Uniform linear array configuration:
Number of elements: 48
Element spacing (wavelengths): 0.75
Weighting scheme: hann
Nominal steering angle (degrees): -45
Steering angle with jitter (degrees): -45.471
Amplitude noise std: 0.05
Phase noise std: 0.05

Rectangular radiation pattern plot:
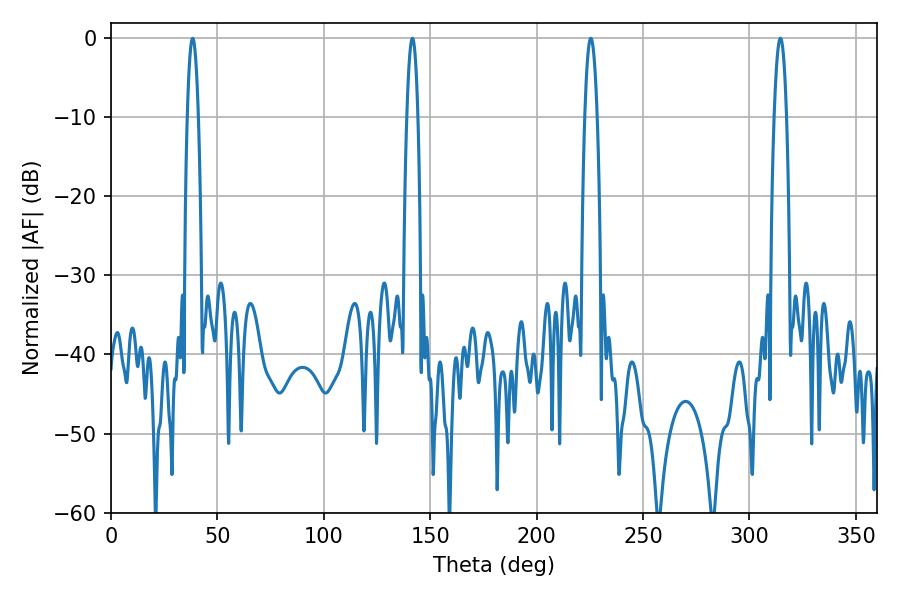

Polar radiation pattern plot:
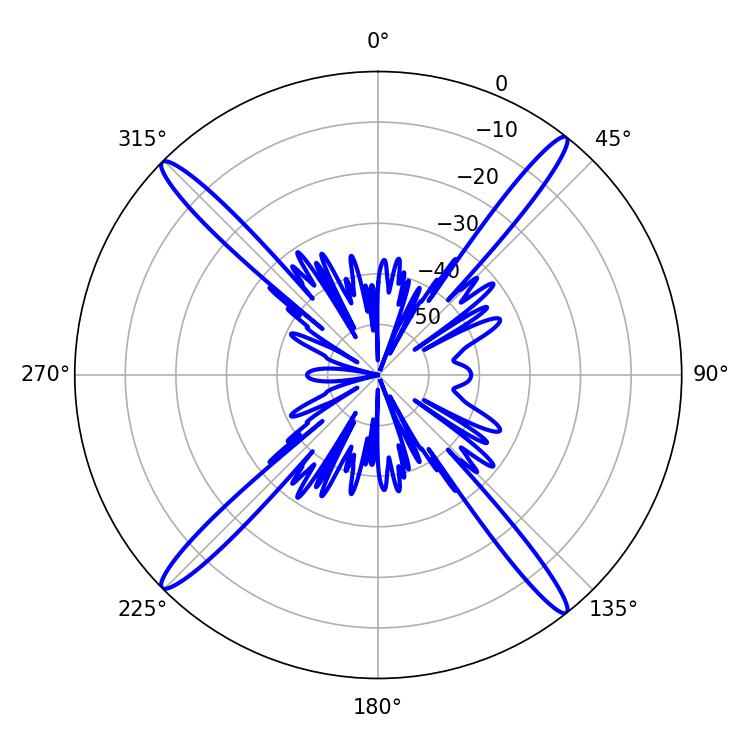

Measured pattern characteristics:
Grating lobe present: TRUE
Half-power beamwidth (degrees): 2.88
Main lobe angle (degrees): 38.34